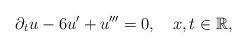
LaTeX: \begin{align*}\partial_{t}u-6u^{\prime}+u^{\prime\prime\prime}=0,\ \ \ x,t\in\mathbb{R},\end{align*}